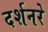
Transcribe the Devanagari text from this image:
दर्शनरे